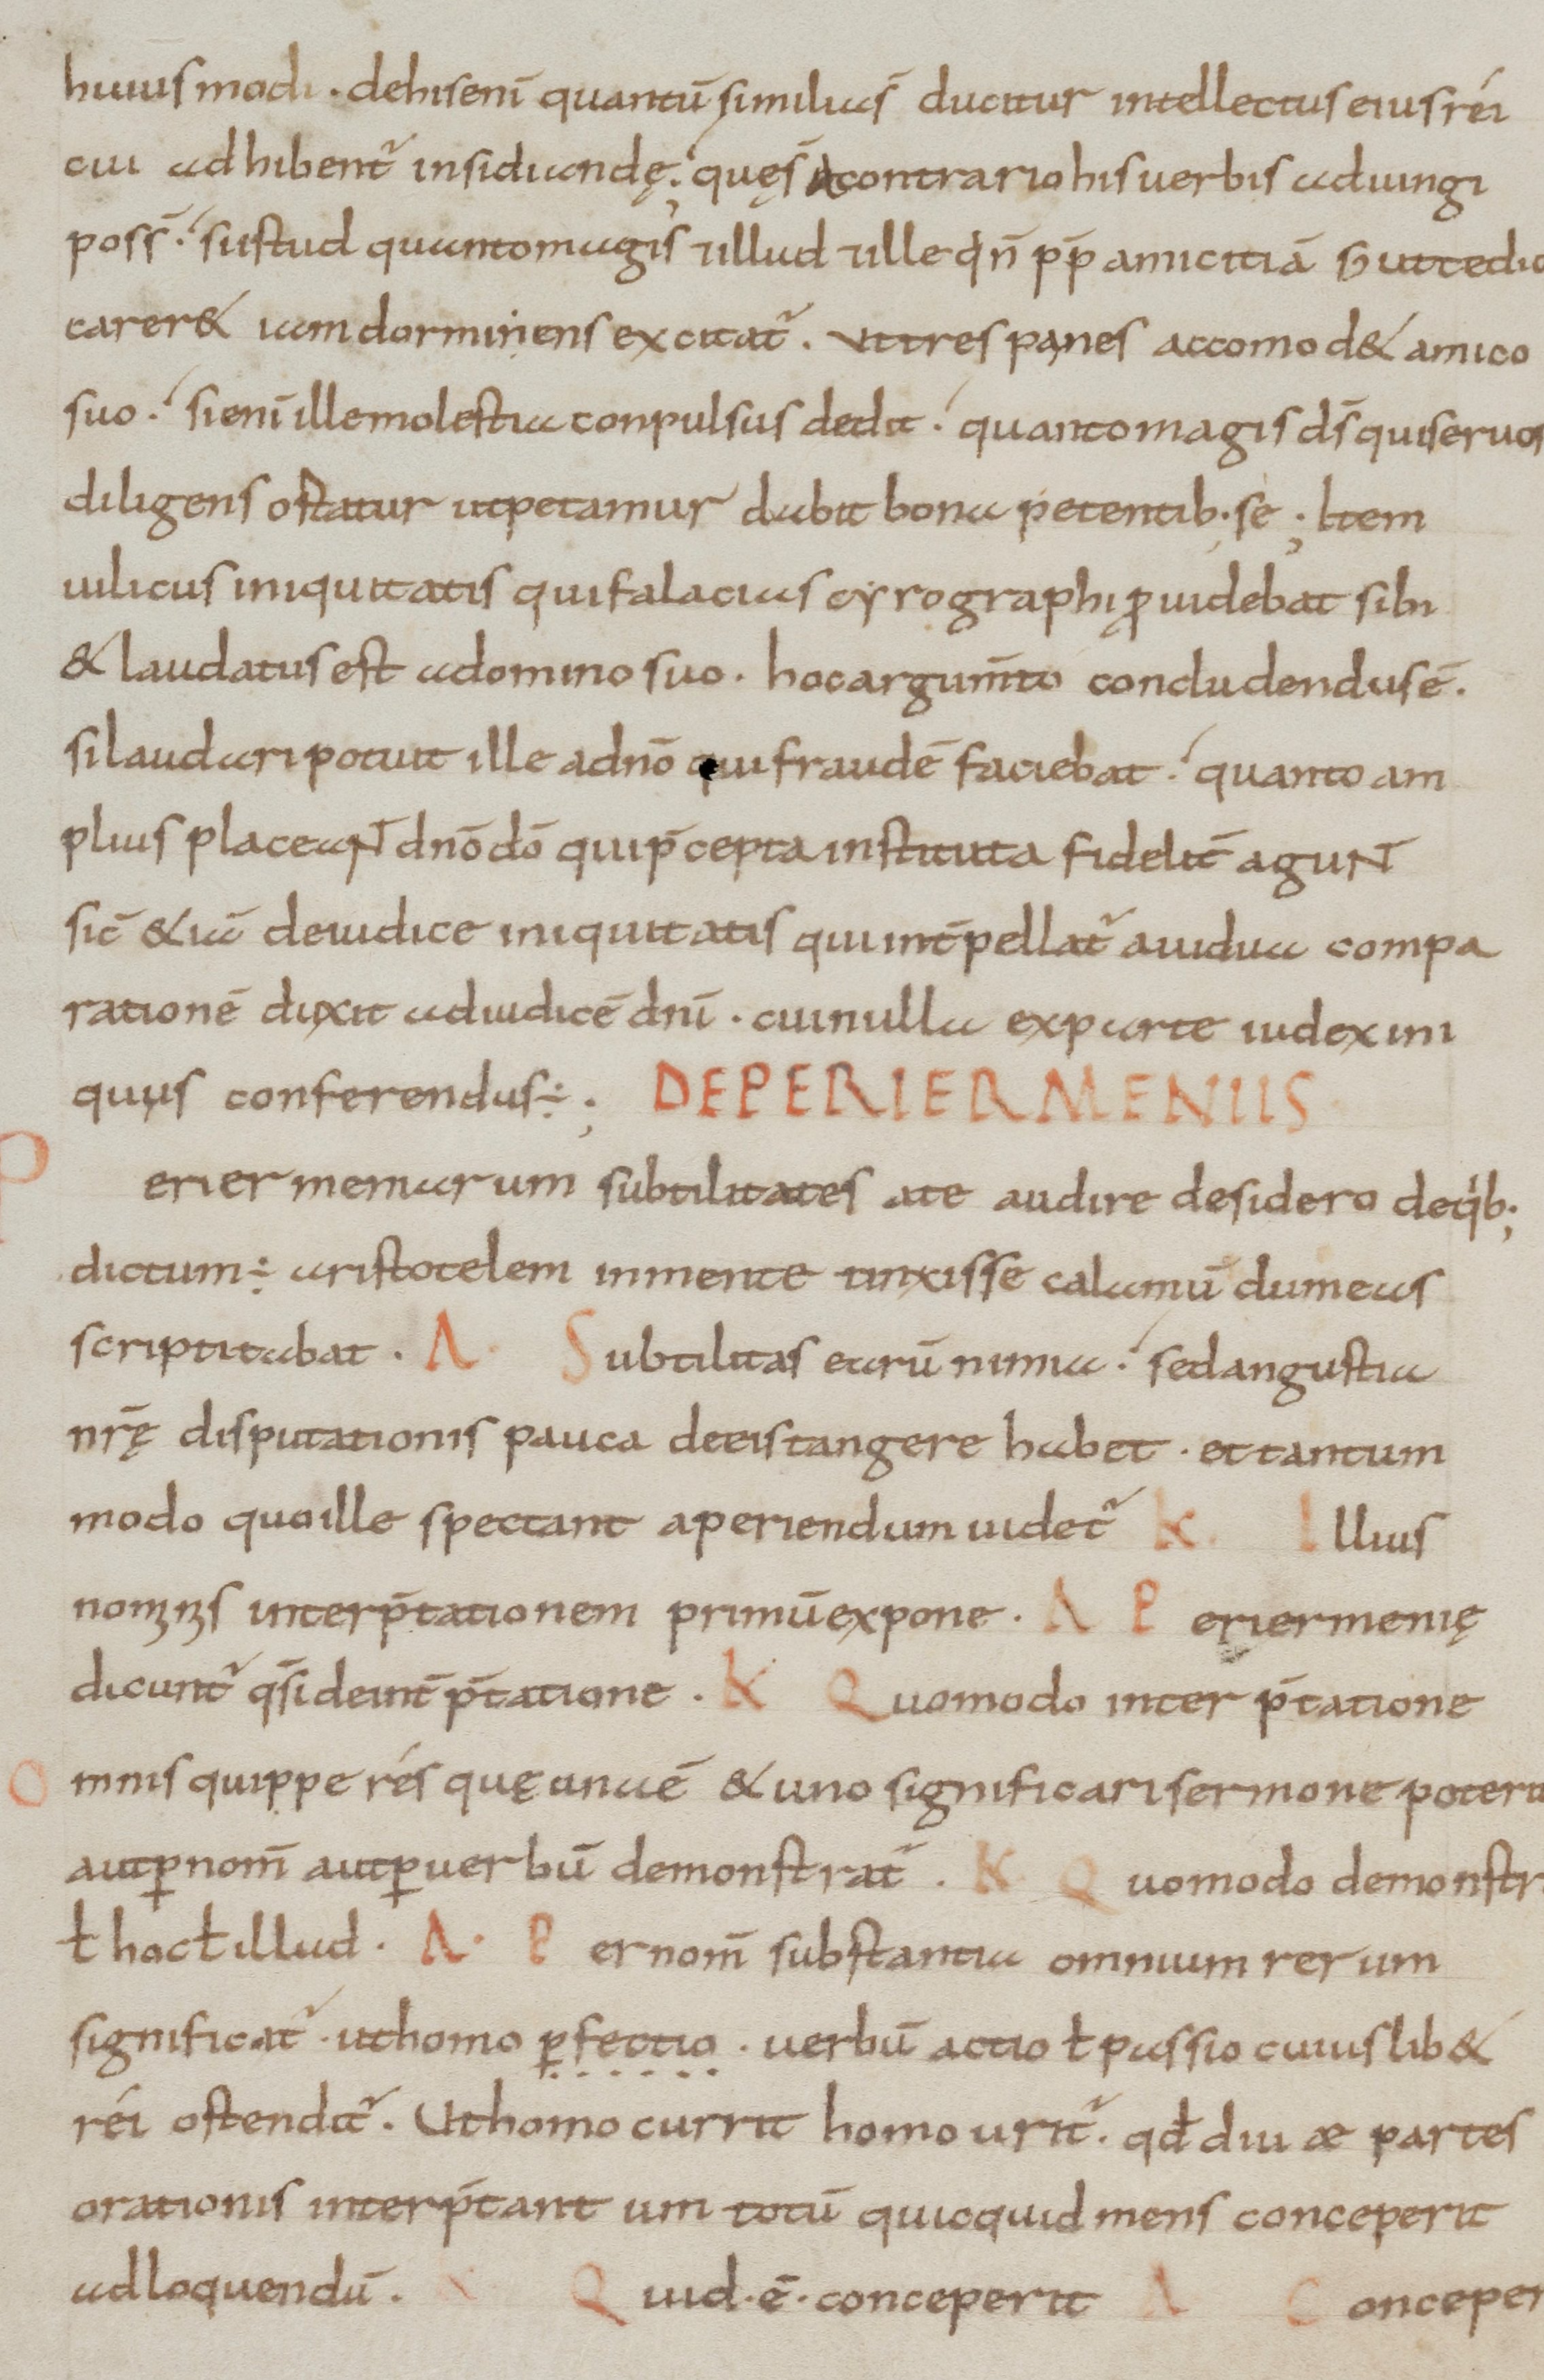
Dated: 800–899